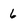
Character: 6